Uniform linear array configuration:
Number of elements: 24
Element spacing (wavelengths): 0.75
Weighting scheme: hamming
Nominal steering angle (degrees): -15
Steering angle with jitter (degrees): -15.651
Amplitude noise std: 0.05
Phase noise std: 0.05

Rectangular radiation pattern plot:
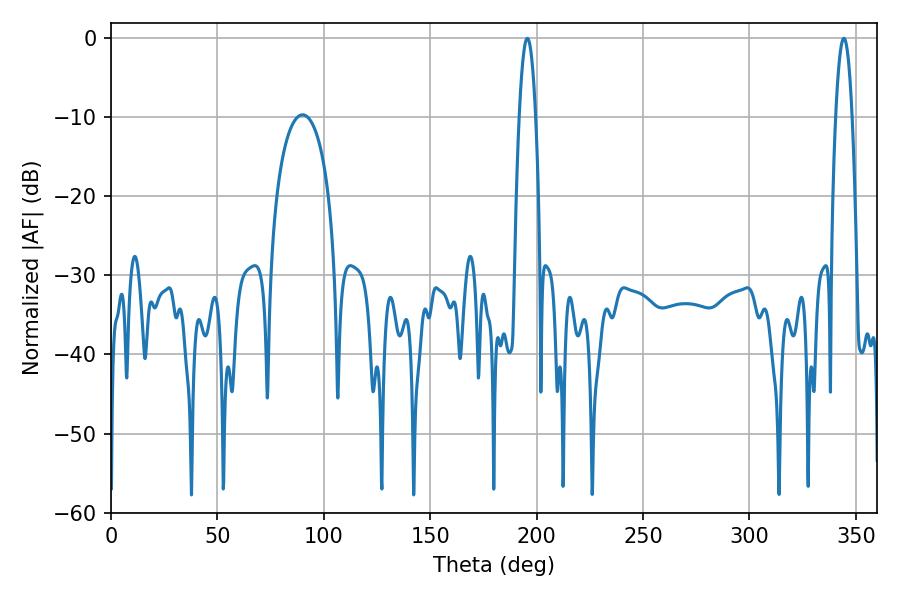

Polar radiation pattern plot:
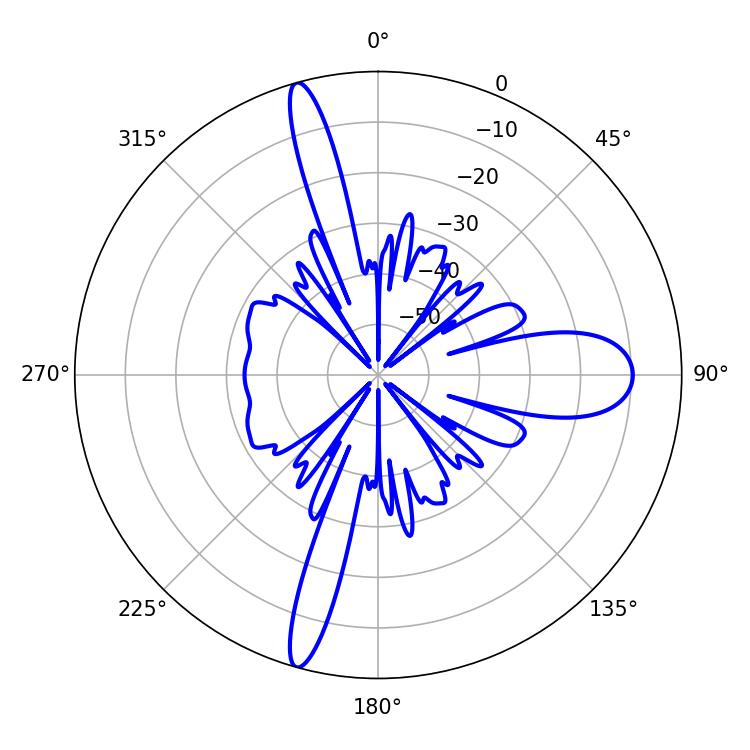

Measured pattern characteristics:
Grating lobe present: TRUE
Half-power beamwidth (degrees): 4.32
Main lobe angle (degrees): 195.66